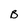
Character: B